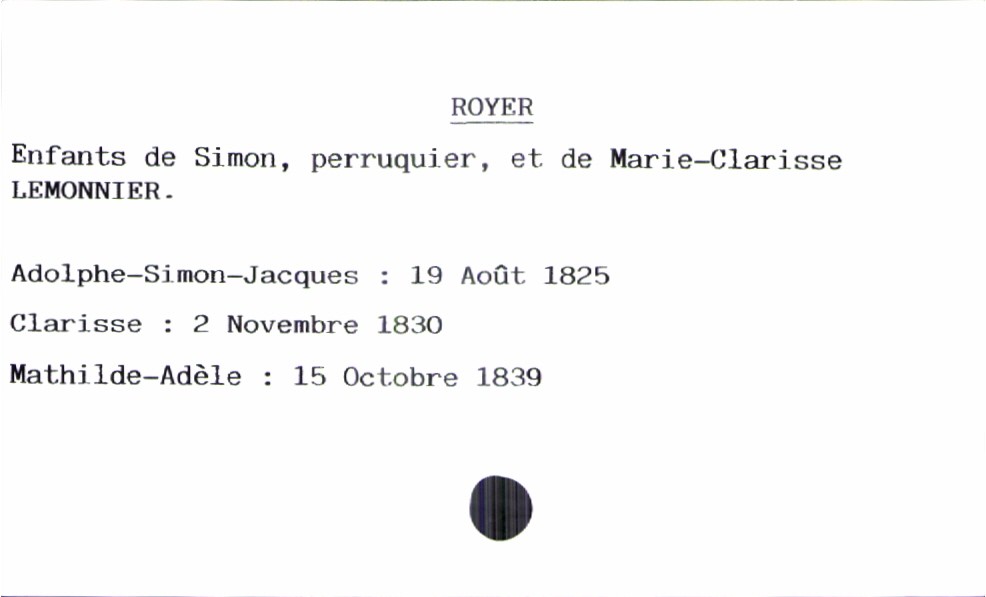
type_acte: Baptême
filiation: fille
enfant_prénom: Mathilde-Adèle
enfant_date_de_naissance: 15 octobre 1839
père_enfant_nom: Royer
père_enfant_prénom: Simon
père_enfant_profession: perruquier
mère_enfant_nom: Lemonnier
mère_enfant_prénom: Marie-Clarisse